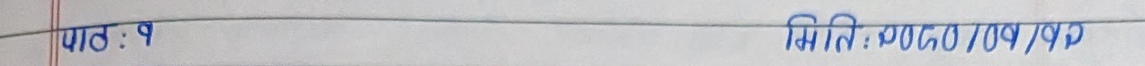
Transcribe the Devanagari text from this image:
पाठ : १                                                                                                                                                                                          मिति : २०७०/०१/१९